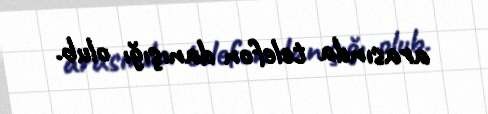
arasında telefon danışığı olub.